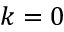
k = 0